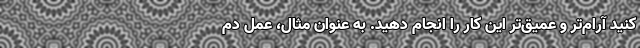
کنید آرام‌تر و عمیق‌تر این کار را انجام دهید. به عنوان مثال، عمل دم